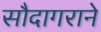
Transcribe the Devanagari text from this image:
सौदागराने